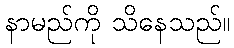
နာမည်ကို သိနေသည်။